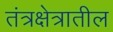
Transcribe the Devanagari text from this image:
तंत्रक्षेत्रातील